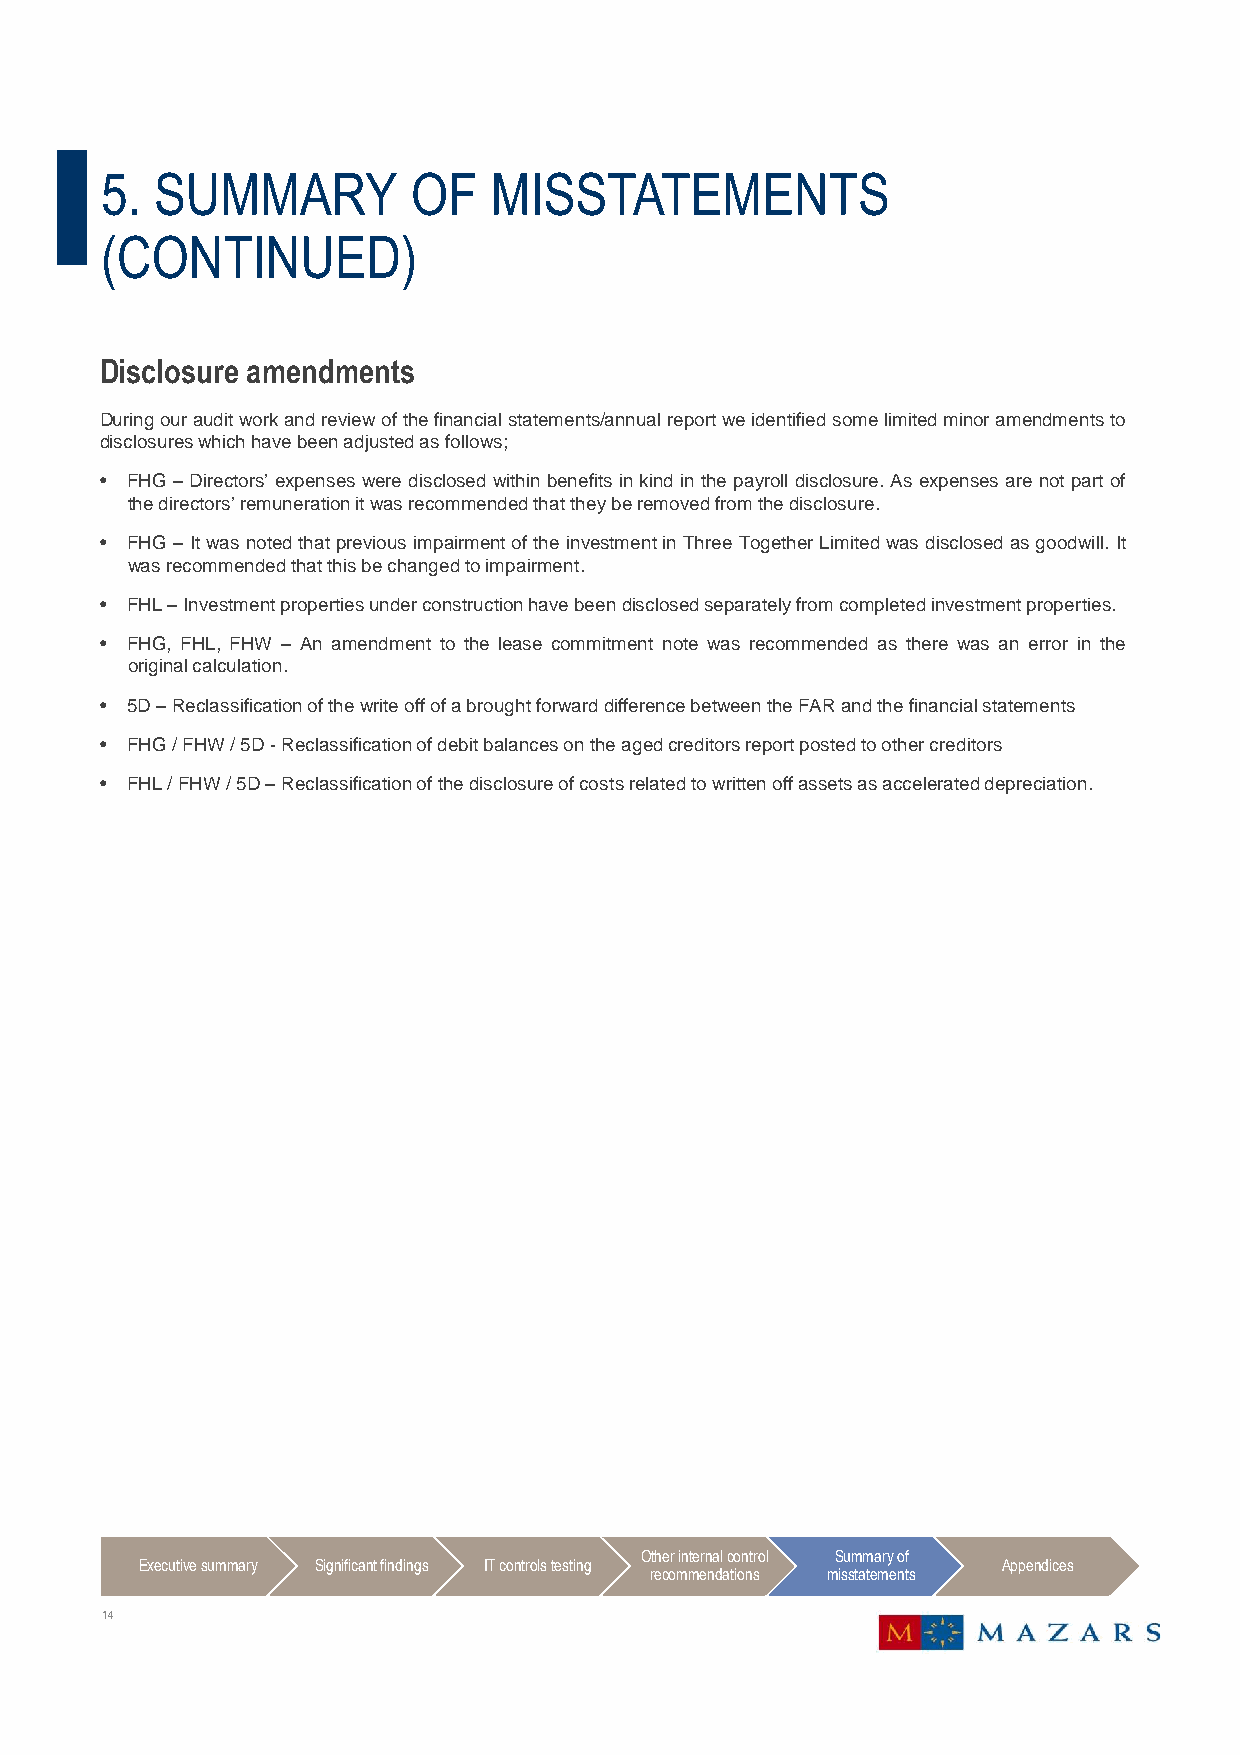
5. SUMMARY          OF   MISSTATEMENTS
 (CONTINUED)
 Disclosure amendments
 Duringourauditworkandreviewofthefinancialstatements/annualreportweidentifiedsomelimitedminoramendmentsto
 disclosureswhichhavebeenadjustedasfollows;
 • FHG– Directors’ expenses were disclosed within benefitsin kind in thepayroll disclosure. As expensesare not part of
 thedirectors’remunerationitwasrecommendedthattheyberemovedfromthedisclosure.
 • FHG– Itwas noted thatpreviousimpairmentoftheinvestmentinThree TogetherLimitedwas disclosed asgoodwill. It
 wasrecommendedthatthisbechangedtoimpairment.
 • FHL–Investmentpropertiesunderconstructionhavebeendisclosedseparatelyfromcompletedinvestmentproperties.
 • FHG, FHL, FHW – An amendment to the lease commitment note was recommended as there was an error in the
 originalcalculation.
 • 5D–ReclassificationofthewriteoffofabroughtforwarddifferencebetweentheFARandthefinancialstatements
 • FHG/FHW/5D-Reclassificationofdebitbalancesontheagedcreditorsreportpostedtoothercreditors
 • FHL/FHW/5D–Reclassificationofthedisclosureofcostsrelatedtowrittenoffassetsasaccelerateddepreciation.
 Other internal control Summary of
 Executive summary Significant findings IT controls testing Appendices
 recommendations misstatements
 14